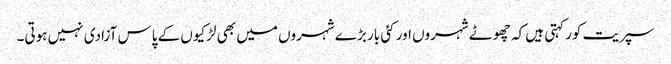
سپریت کور کہتی ہیں کہ چھوٹے شہروں اور کئی بار بڑے شہروں میں بھی لڑکیوں کے پاس آزادی نہیں ہوتی۔